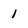
Character: 1